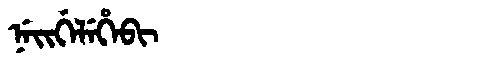
Manchu: ᠨᡝᡳᡤᡝᠯᡝᡥᡝᠪᡳ
Romanization: NEIGELEHEBI